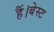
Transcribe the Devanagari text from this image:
हैं।बेस्ट